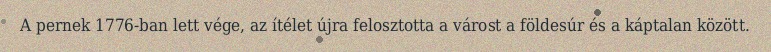
A pernek 1776-ban lett vége, az ítélet újra felosztotta a várost a földesúr és a káptalan között.